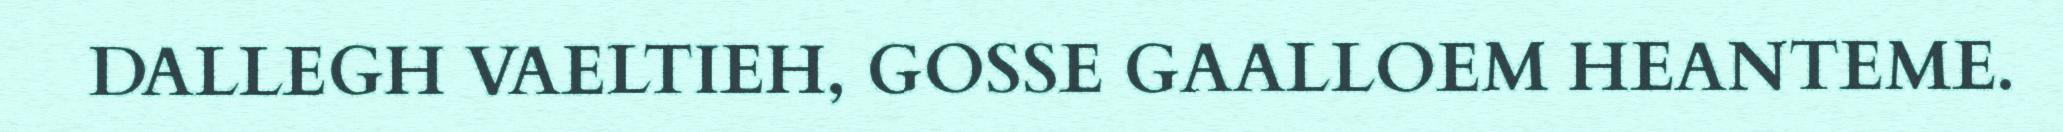
DALLEGH VAELTIEH, GOSSE GAALLOEM HEANTEME.